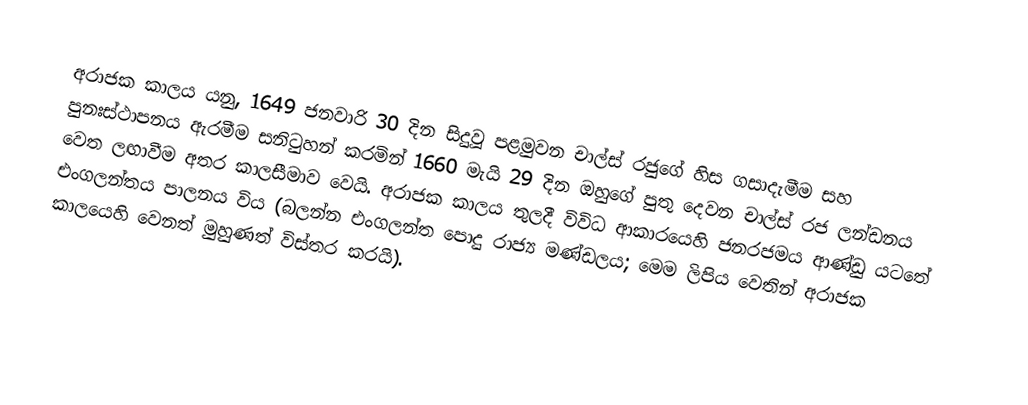
අරාජක කාලය  යනු, 1649 ජනවාරි 30 දින සිදුවූ  පළමුවන චාල්ස් රජුගේ හිස ගසාදැමීම සහ   පුනඃස්ථාපනය ඇරමීම සනිටුහන් කරමින් 1660 මැයි 29 දින ඔහුගේ පුතු දෙවන චාල්ස් රජ ලන්ඩනය වෙත ලඟාවීම අතර කාලසීමාව වෙයි. අරාජක කාලය තුලදී විවිධ ආකාරයෙහි ජනරජමය ආණ්ඩු යටතේ එංගලන්තය පාලනය විය (බලන්න එංගලන්ත පොදු රාජ්‍ය මණ්ඩලය; මෙම ලිපිය වෙතින් අරාජක කාලයෙහි වෙනත් මුහුණත් විස්තර කරයි).